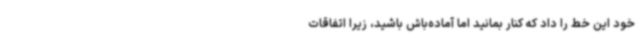
خود این خط را داد که کنار بمانید اما آماده‌باش باشید، زیرا اتفاقات